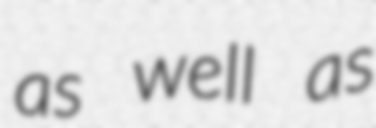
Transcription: as well as